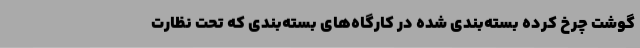
گوشت چرخ کرده بسته‌بندی شده در کارگاه‌های بسته‌بندی که تحت نظارت